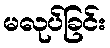
မလုပ်ခြင်း